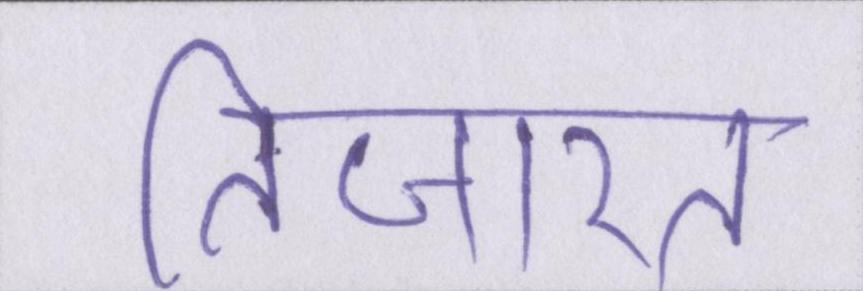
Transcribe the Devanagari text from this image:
तिजारत